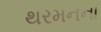
થરમનના